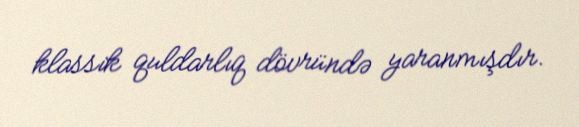
klassik quldarlıq dövründə yaranmışdır.